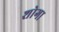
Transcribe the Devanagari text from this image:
शोगा